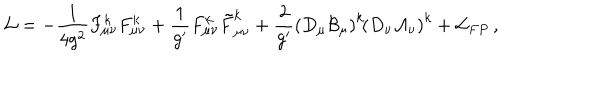
{ \cal L } = - \frac { 1 } { 4 g ^ { 2 } } F _ { \mu \nu } ^ { k } F _ { \mu \nu } ^ { k } + \frac { 1 } { g ^ { \prime } } F _ { \mu \nu } ^ { k } \tilde { F } _ { \mu \nu } ^ { k } + \frac { 2 } { g ^ { \prime } } \left( D _ { \mu } \cal { B } _ { \mu } \right) ^ { k } \! \left( D _ { \nu } \cal { A } _ { \nu } \right) ^ { k } + { \cal L } _ { F P } \, ,